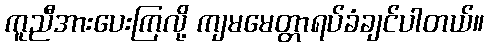
ကူညီအားပေးကြလို့ ကျမမေတ္တာရပ်ခံချင်ပါတယ်။